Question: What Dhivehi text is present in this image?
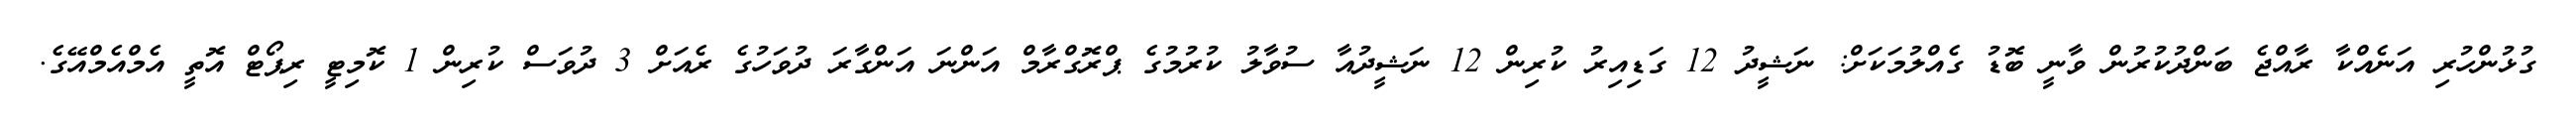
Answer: ގުޅުންހުރި އަނެއްކާ ރާއްޖެ ބަންދުކުރުން ވާނީ ބޮޑު ގެއްލުމަކަށް: ނަޝީދު 12 ގަޑިއިރު ކުރިން 12 ނަޝީދުއާ ސުވާލު ކުރުމުގެ ޕްރޮގްރާމް އަންނަ އަންގާރަ ދުވަހުގެ ރެއަށް 3 ދުވަސް ކުރިން 1 ކޮމިޓީ ރިޕޯޓް އޮތީ އެމްއެމްއޭގެ.